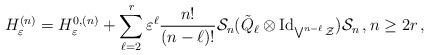
LaTeX: \begin{align*}H^{(n)}_{\varepsilon}=H_{\varepsilon}^{0,(n)}+\sum_{\ell=2}^{r}\varepsilon^{\ell}\frac{n!}{(n-\ell)!}\mathcal{S}_{n}(\tilde{Q}_{\ell}\otimes\mathrm{Id}_{\bigvee^{n-\ell}\mathcal{Z}})\mathcal{S}_{n}\,,n\geq2r\,,\end{align*}